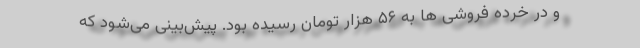
و در خرده فروشی ها به ۵۶ هزار تومان رسیده بود. پیش‌بینی می‌شود که